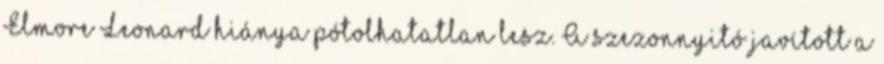
Elmore Leonard hiánya pótolhatatlan lesz. A szezonnyitó javított a